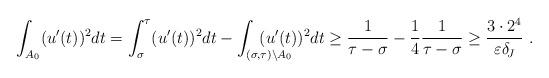
LaTeX: \begin{align*}\int_{A_0}(u^{\prime}(t))^{2}dt=\int_{\sigma}^{\tau}(u^{\prime}(t))^{2}dt-\int_{(\sigma,\tau)\setminus A_0}\!\!\!\!\!\!\!\!\!\!\!\!(u^{\prime}(t))^{2}dt\geq\frac{1}{\tau-\sigma}-\frac{1}{4}\frac{1}{\tau-\sigma}\geq\frac{3\cdot2^{4}}{\varepsilon\delta_{\!J}}~.\end{align*}